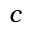
c